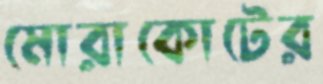
মোরাকোটের